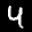
Label: 4